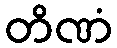
တိဏံ